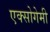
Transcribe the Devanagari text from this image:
एक्सोगेमी